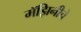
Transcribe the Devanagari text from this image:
मॅझिनीचे